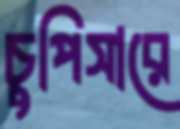
চুপিসারে